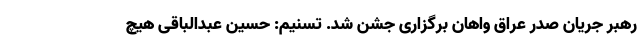
رهبر جریان صدر عراق واهان برگزاری جشن شد. تسنیم: حسین عبدالباقی هیچ